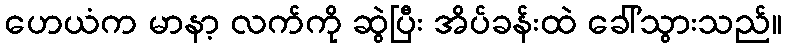
ဟေယံက မာနာ့ လက်ကို ဆွဲပြီး အိပ်ခန်းထဲ ခေါ်သွားသည်။